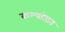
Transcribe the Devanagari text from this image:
कल्पांतात